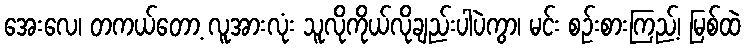
အေးလေ၊ တကယ်တော့ လူအားလုံး သူလိုကိုယ်လိုချည်းပါပဲကွာ၊ မင်း စဉ်းစားကြည့်၊ မြစ်ထဲ